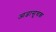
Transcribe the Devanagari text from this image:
आज्ञासूचक